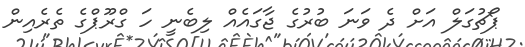
ޕޯޗުގަލް އަށް ދެ ވަނަ ބުރުގެ ޖާގައެއް ލިބެނީ ހަ ގްރޫޕްގެ ތެރެއިން